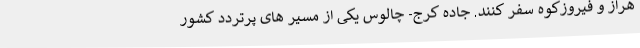
هراز و فیروزکوه سفر کنند. جاده کرج- چالوس یکی از مسیر های پرتردد کشور